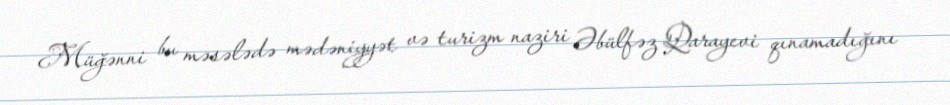
Müğənni bu məsələdə mədəniyyət və turizm naziri Əbülfəz Qarayevi qınamadığını